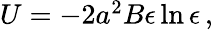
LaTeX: \begin{array}{r}{U=-2a^{2}B\epsilon\ln\epsilon\, ,}\end{array}